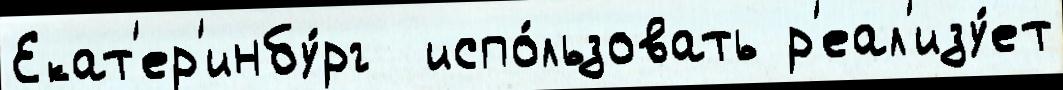
Екат'ер'инбу́рг  испо́льзовать р'еал'изу́ет